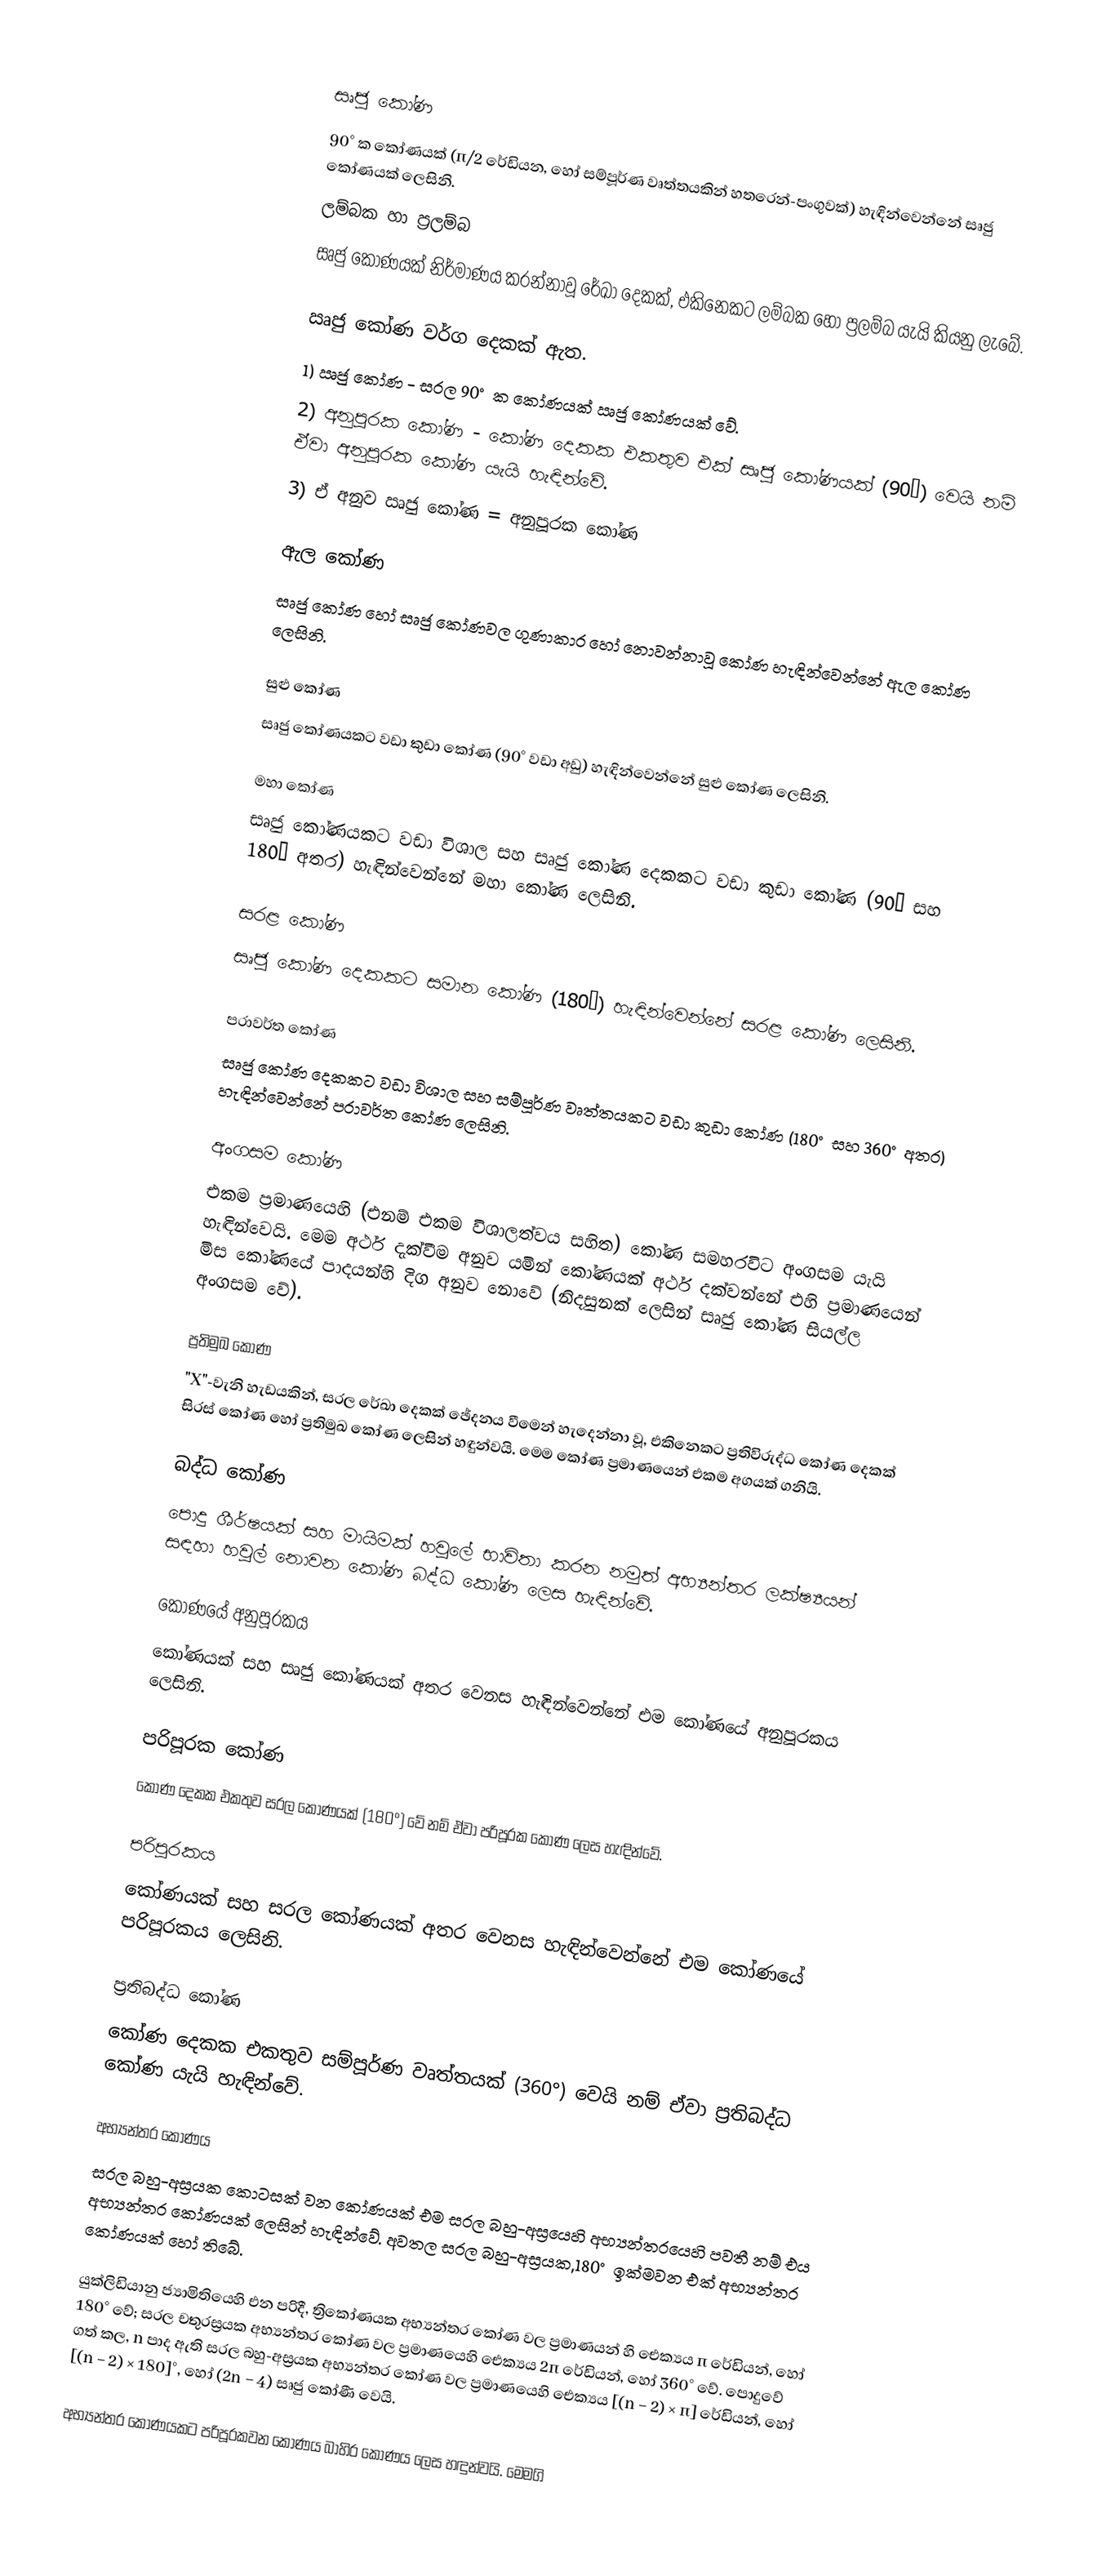

සෘජු කෝණ
 90° ක කෝණයක් (π/2 රේඩියන, හෝ සම්පූර්ණ වෘත්තයකින් හතරෙන්-පංගුවක්) හැඳින්වෙන්නේ සෘජු කෝණයක් ලෙසිනි.
ලම්බක හා ප්‍රලම්බ
සෘජු කෝණයක් නිර්මාණය කරන්නාවූ රේඛා දෙකක්, එකිනෙකට ලම්බක හෝ ප්‍රලම්බ යැයි කියනු ලැබේ.

 ඍජු කෝණ වර්ග දෙකක් ඇත.
 1) ඍජු කෝණ - සරල 90° ක කෝණයක් ඍජු කෝණයක් වේ.
 2) අනුපූරක කෝණ - කෝණ දෙකක එකතුව එක් සෘජු කෝණයක් (90°) වෙයි නම් ඒවා අනුපූරක කෝණ යැයි හැඳින්වේ.
 3) ඒ අනුව ඍජු කෝණ = අනුපූරක කෝණ

ඇල කෝණ
 සෘජු කෝණ හෝ සෘජු කෝණවල ගුණාකාර හෝ නොවන්නාවූ කෝණ හැඳින්වෙන්නේ ඇල කෝණ ලෙසිනි.

සුළු කෝණ
 සෘජු කෝණයකට වඩා කුඩා කෝණ (90° වඩා අඩු) හැඳින්වෙන්නේ සුළු කෝණ ලෙසිනි.

මහා කෝණ
 සෘජු කෝණයකට වඩා විශාල සහ සෘජු කෝණ දෙකකට වඩා කුඩා කෝණ (90° සහ 180° අතර) හැඳින්වෙන්නේ මහා කෝණ ලෙසිනි.

සරළ කෝණ
 සෘජු කෝණ දෙකකට සමාන කෝණ (180°) හැඳින්වෙන්නේ සරළ කෝණ ලෙසිනි.

පරාවර්ත කෝණ
 සෘජු කෝණ දෙකකට වඩා විශාල සහ සම්පූර්ණ වෘත්තයකට වඩා කුඩා කෝණ (180° සහ 360° අතර) හැඳින්වෙන්නේ පරාවර්ත කෝණ ලෙසිනි.

අංගසම කෝණ
 එකම ප්‍රමාණයෙහි (එනම් එකම විශාලත්වය සහිත) කෝණ සමහරවිට අංගසම යැයි හැඳින්වෙයි. මෙම අර්ථ දැක්වීම අනුව යමින් කෝණයක් අර්ථ දක්වන්නේ එහි ප්‍රමාණයෙන් මිස කෝණයේ පාදයන්හි දිග අනුව නොවේ (නිදසුනක් ලෙසින් සෘජු කෝණ සියල්ල අංගසම වේ).

ප්‍රතිමුඛ කෝණ
 "X"-වැනි හැඩයකින්, සරල රේඛා දෙකක් ඡේදනය වීමෙන් හැදෙන්නා වූ, එකිනෙකට ප්‍රතිවිරුද්ධ කෝණ දෙකක් සිරස් කෝණ හෝ ප්‍රතිමුඛ කෝණ ලෙසින් හඳුන්වයි. මෙම කෝණ ප්‍රමාණයෙන් එකම අගයක් ගනියි.

බද්ධ කෝණ
 පොදු ශීර්ෂයක් සහ මායිමක් හවුලේ භාවිතා කරන නමුත් අභ්‍යන්තර ලක්ෂ්‍යයන් සඳහා හවුල් නොවන කෝණ බද්ධ කෝණ ලෙස හැඳින්වේ.

කෝණයේ අනුපූරකය
කෝණයක් සහ සෘජු කෝණයක් අතර වෙනස හැඳින්වෙන්නේ එම කෝණයේ අනුපූරකය ලෙසිනි.

පරිපූරක කෝණ
 කෝණ දෙකක එකතුව සරල කෝණයක් (180°) වේ නම් ඒවා පරිපූරක කෝණ ලෙස හැඳින්වේ.

පරිපූරකය
කෝණයක් සහ සරල කෝණයක් අතර වෙනස හැඳින්වෙන්නේ එම කෝණයේ පරිපූරකය ලෙසිනි.

ප්‍රතිබද්ධ කෝණ
 කෝණ දෙකක එකතුව සම්පූර්ණ වෘත්තයක් (360°) වෙයි නම් ඒවා ප්‍රතිබද්ධ කෝණ යැයි හැඳින්වේ.

අභ්‍යන්තර කෝණය
 සරල බහු-අස්‍රයක කොටසක් වන කෝණයක් එම සරල බහු-අස්‍රයෙහි අභ්‍යන්තරයෙහි පවතී නම් එය අභ්‍යන්තර කෝණයක් ලෙසින් හැඳින්වේ. අවතල සරල බහු-අස්‍රයක,180° ඉක්මවන එක් අභ්‍යන්තර කෝණයක් හෝ තිබේ.

 යුක්ලිඩියානු ජ්‍යාමිතියෙහි එන පරිදී, ත්‍රිකෝණයක අභ්‍යන්තර කෝණ වල ප්‍රමාණයන් හි ඓක්‍යය π රේඩියන්, හෝ 180° වේ; සරල චතුරස්‍රයක අභ්‍යන්තර කෝණ වල ප්‍රමාණයෙහි ඓක්‍යය 2π රේඩියන්, හෝ 360° වේ. පොදුවේ ගත් කල, n පාද ඇති සරල බහු-අස්‍රයක අභ්‍යන්තර කෝණ වල ප්‍රමාණයෙහි ඓක්‍යය [(n − 2) × π] රේඩියන්, හෝ [(n − 2) × 180]°, හෝ (2n − 4) සෘජු කෝණී වෙයි.

 අභ්‍යන්තර කෝණයකට පරිපූරකවන කෝණය බාහිර කෝණය ලෙස හඳුන්වයි. මෙමගි